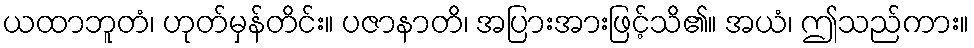
ယထာဘူတံ၊ ဟုတ်မှန်တိင်း။ ပဇာနာတိ၊ အပြားအားဖြင့်သိ၏။ အယံ၊ ဤသည်ကား။